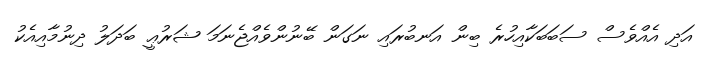
އަދި އެއްވެސް ސަބަބަކާއިހުރެ ބިން އަނބުރައި ނަގަން ބޭނުންވެއްޖެނަމަ ޝަރުޢީ ބަދަލު ދިނުމާއިއެކު